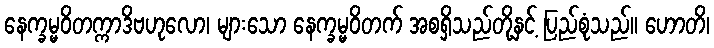
နေက္ခမ္မဝိတက္ကာဒိဗဟုလော၊ များသော နေက္ခမ္မဝိတက် အစရှိသည်တို့နှင့် ပြည်စုံသည်။ ဟောတိ၊